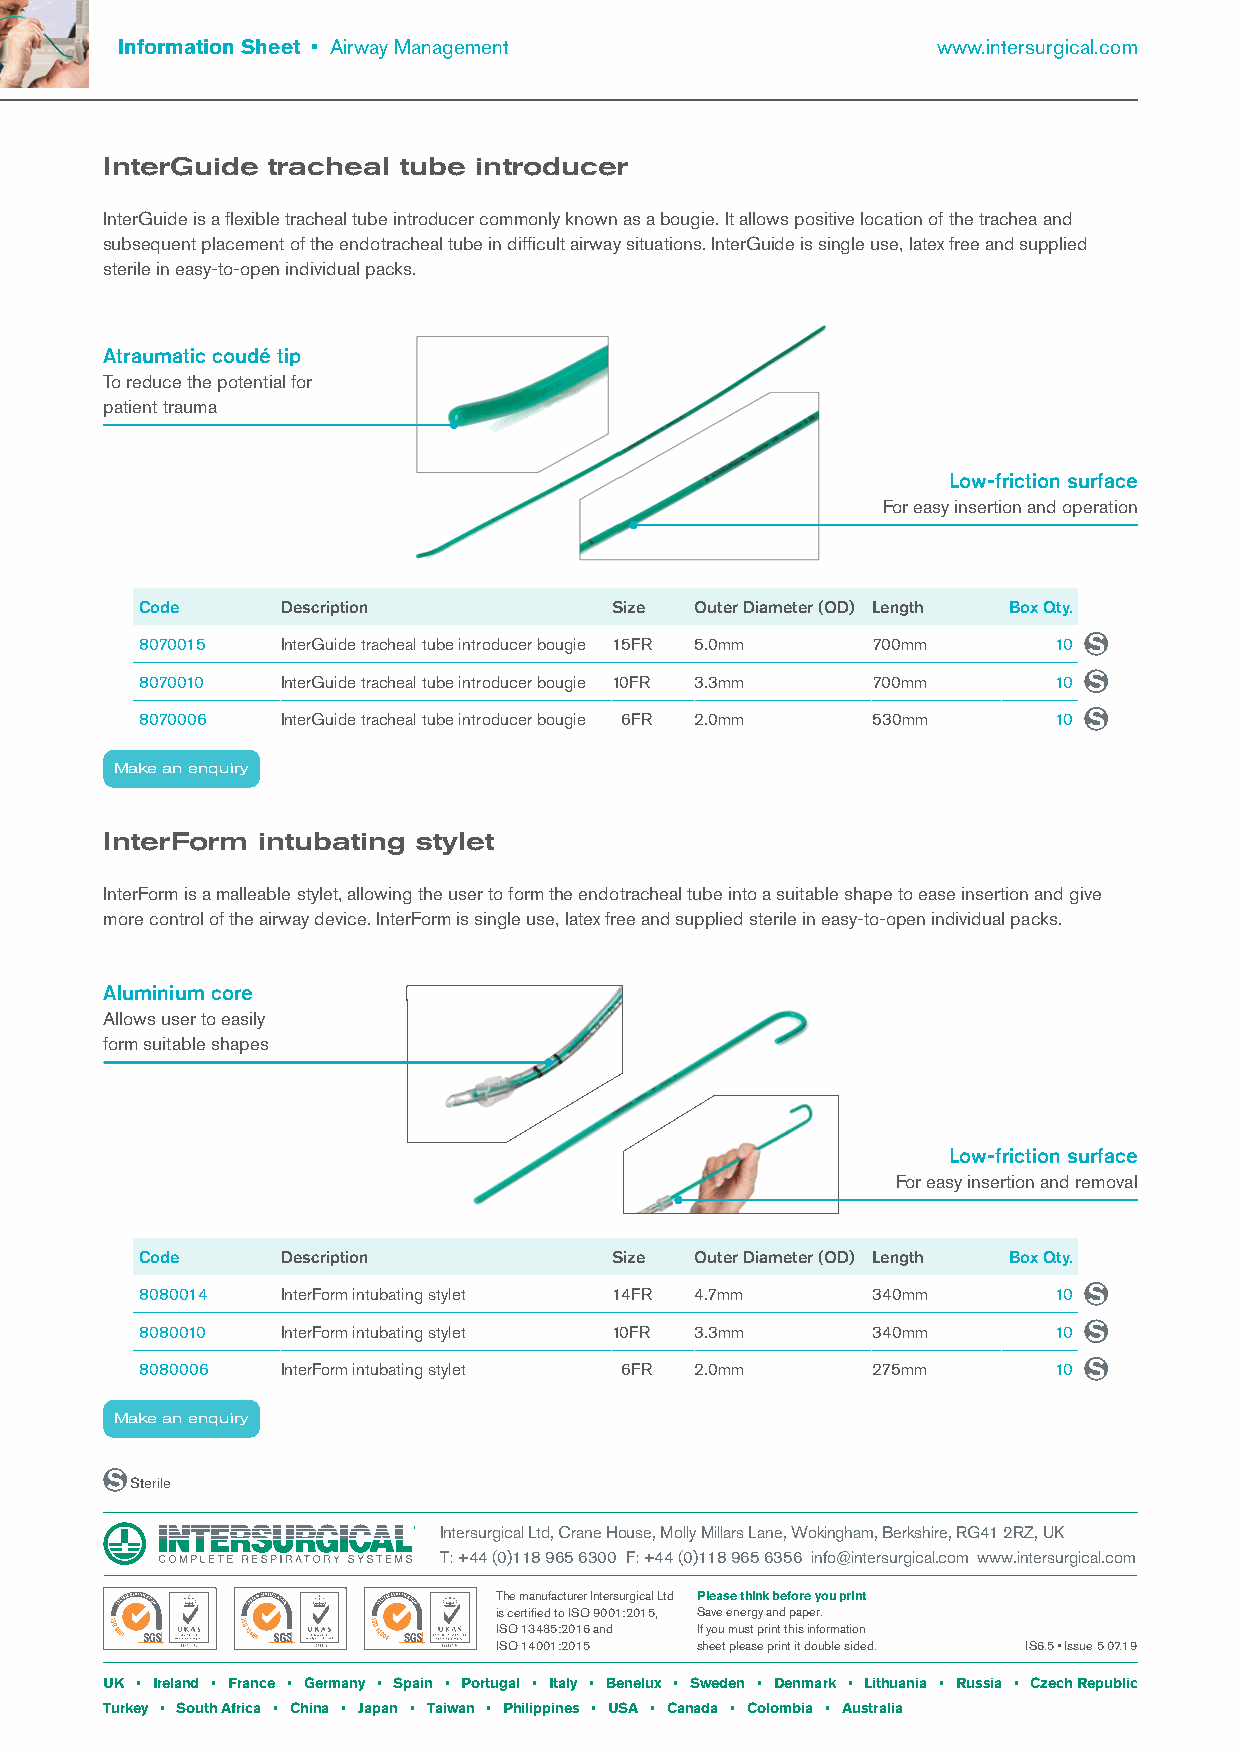
Information Sheet • Airway Management                 www.intersurgical.com
 InterGuide tracheal tube introducer
 InterGuide is a flexible tracheal tube introducer commonly known as a bougie. It allows positive location of the trachea and
 subsequent placement of the endotracheal tube in difficult airway situations. InterGuide is single use, latex free and supplied
 sterile in easy-to-open individual packs.
 Atraumatic coudé tip
 To reduce the potential for
 patient trauma
 Low-friction surface
 For easy insertion and operation
 Code      Description          Size  Outer Diameter (OD) Length Box Qty.
 8070015   InterGuide tracheal tube introducer bougie 15FR 5.0mm 700mm 10
 8070010   InterGuide tracheal tube introducer bougie 10FR 3.3mm 700mm 10
 8070006   InterGuide tracheal tube introducer bougie 6FR 2.0mm 530mm 10
 Make an enquiry
 InterForm intubating stylet
 InterForm is a malleable stylet, allowing the user to form the endotracheal tube into a suitable shape to ease insertion and give
 more control of the airway device. InterForm is single use, latex free and supplied sterile in easy-to-open individual packs.
 Aluminium core
 Allows user to easily
 form suitable shapes
 Low-friction surface
 For easy insertion and removal
 Code      Description          Size  Outer Diameter (OD) Length Box Qty.
 8080014   InterForm intubating stylet 14FR 4.7mm 340mm       10
 8080010   InterForm intubating stylet 10FR 3.3mm 340mm       10
 8080006   InterForm intubating stylet 6FR 2.0mm  275mm       10
 Make an enquiry
 Sterile
 Intersurgical Ltd, Crane House, Molly Millars Lane, Wokingham, Berkshire, RG41 2RZ, UK
 T: +44 (0)118 965 6300 F: +44 (0)118 965 6356 info@intersurgical.com www.intersurgical.com
 The manufacturer Intersurgical Ltd Please think before you print
 is certified to ISO 9001:2015, Save energy and paper.
 ISO 13485:2016 and If you must print this information
 ISO 14001:2015 sheet please print it double sided. IS6.5 • Issue 5 07.19
 UK • Ireland • France • Germany • Spain • Portugal • Italy • Benelux • Sweden • Denmark • Lithuania • Russia • Czech Republic
 Turkey • South Africa • China • Japan • Taiwan • Philippines • USA • Canada • Colombia • Australia